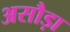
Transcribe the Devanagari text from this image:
असौड़ा